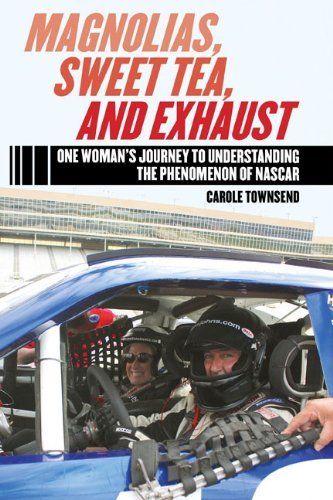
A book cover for Magnolias, Sweet Tea, and Exhaust: One WomanEEs Journey to Understanding the Phenomenon of NASCAR; Carole Townsend; Sports & Outdoors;